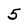
Character: 5